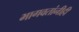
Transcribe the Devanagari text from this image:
भागवतांनीही